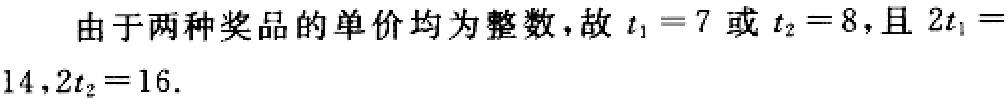
由于两种奖品的单价均为整数，故 \(t_1 = 7\) 或 \(t_2 = 8\)，且 \(2t_1 = 14\)，\(2t_2 = 16\).